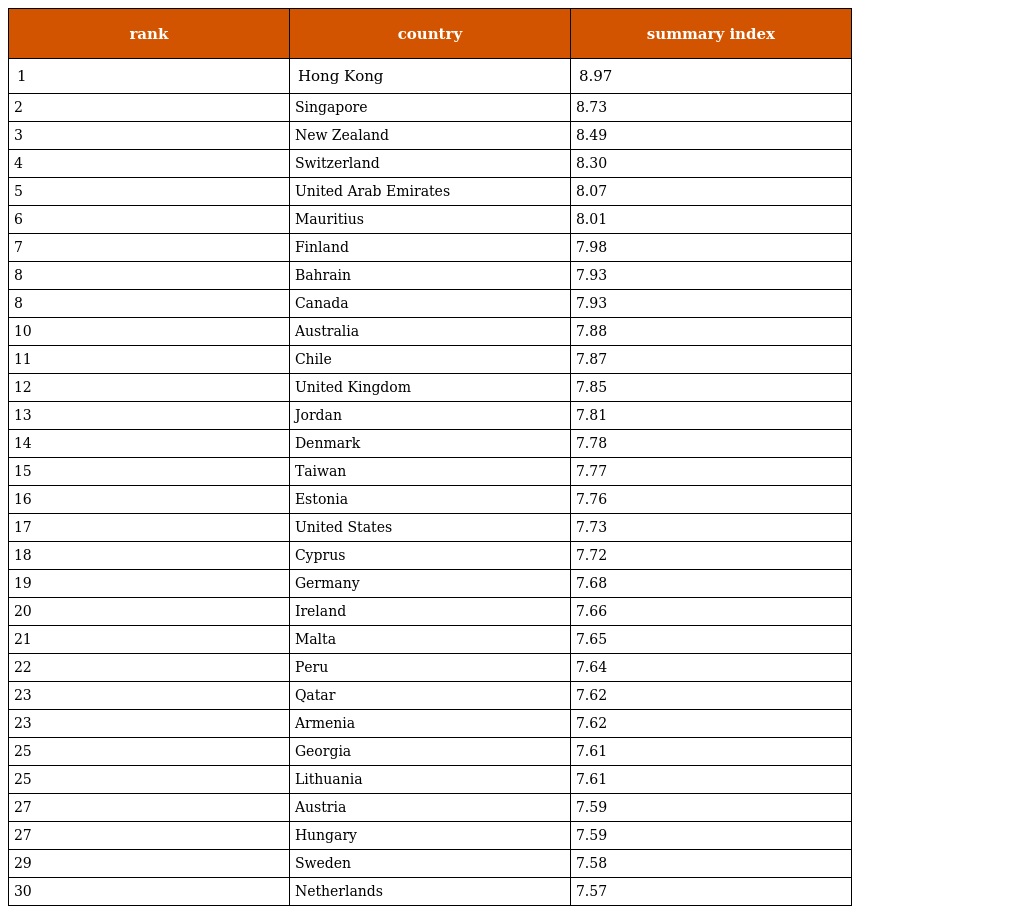
| rank | country | summary index |
 | --- | --- | --- |
 | 1 | Hong Kong | 8.97 |
 | 2 | Singapore | 8.73 |
 | 3 | New Zealand | 8.49 |
 | 4 | Switzerland | 8.30 |
 | 5 | United Arab Emirates | 8.07 |
 | 6 | Mauritius | 8.01 |
 | 7 | Finland | 7.98 |
 | 8 | Bahrain | 7.93 |
 | 8 | Canada | 7.93 |
 | 10 | Australia | 7.88 |
 | 11 | Chile | 7.87 |
 | 12 | United Kingdom | 7.85 |
 | 13 | Jordan | 7.81 |
 | 14 | Denmark | 7.78 |
 | 15 | Taiwan | 7.77 |
 | 16 | Estonia | 7.76 |
 | 17 | United States | 7.73 |
 | 18 | Cyprus | 7.72 |
 | 19 | Germany | 7.68 |
 | 20 | Ireland | 7.66 |
 | 21 | Malta | 7.65 |
 | 22 | Peru | 7.64 |
 | 23 | Qatar | 7.62 |
 | 23 | Armenia | 7.62 |
 | 25 | Georgia | 7.61 |
 | 25 | Lithuania | 7.61 |
 | 27 | Austria | 7.59 |
 | 27 | Hungary | 7.59 |
 | 29 | Sweden | 7.58 |
 | 30 | Netherlands | 7.57 |